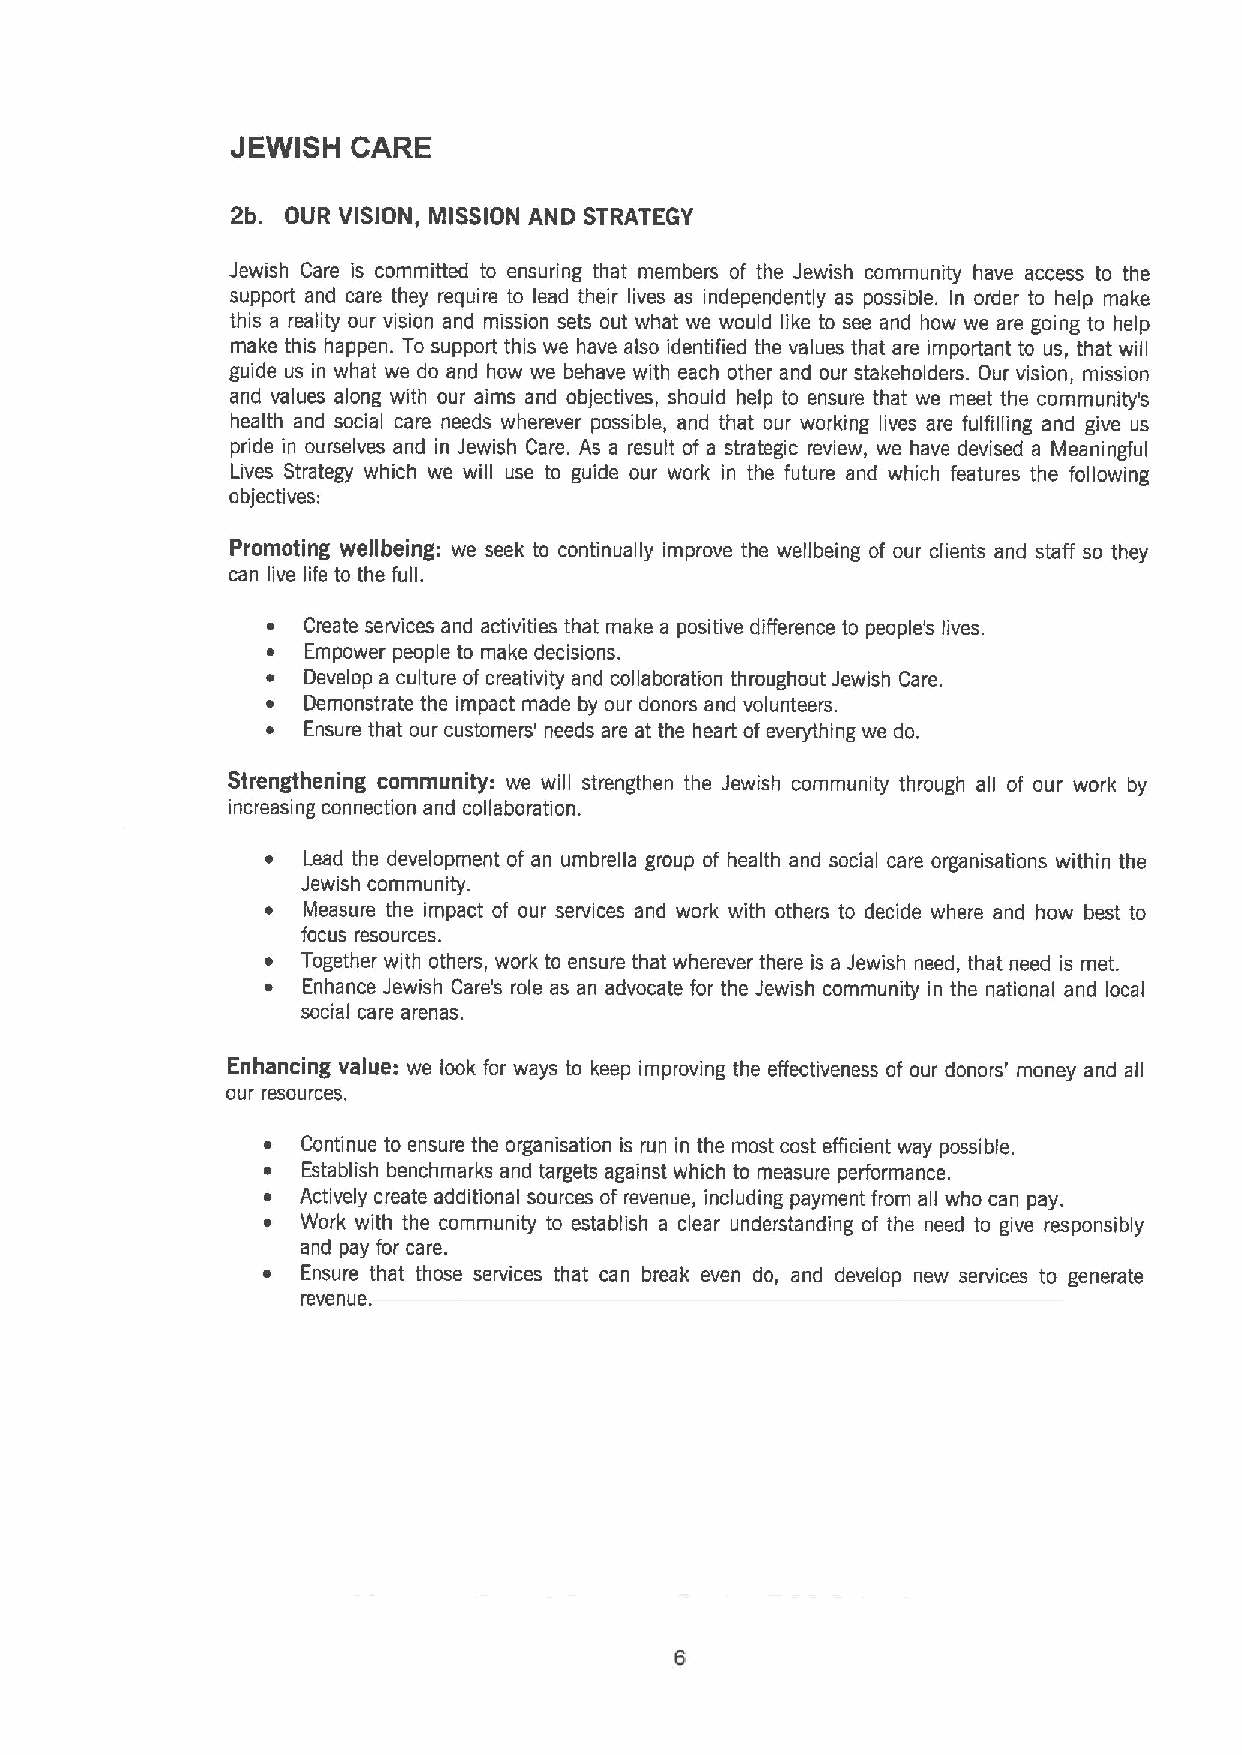
JEWISH  CARE
 2b. OUR VISION, MISSION AND STRATEGY
 Jewish Care is committed to ensuring that members of the Jewish community have access to the
 support and care they require to lead their lives as independently as possible. In order to help make
 this a reality our vision and mission sets out what we would like to see and how we are going to help
 make this happen. To support this we have also identified the values that are important to us, that will
 guide us in what we do and how we behave with each other and our stakeholders. Our vision, mission
 and values along with our aims and objectives, should help to ensure that we meet the community's
 health and social care needs wherever possible, and that our working lives are fulfilling and give us
 pride in ourselves and in Jewish Care. As a result of a strategic review, we have devised a Meaningful
 Lives Strategy which we will use to guide our work in the future and which features the following
 objectives:
 Promoting wellbeing: we seek to continually improve the wellbeing of our clients and staff so they
 can live life to the full.
 ~ Create services and activities that make a positive difference to people's lives.
 ~ Empower people to make decisions,
 ~ Develop a culture of creativity and collaboration throughout Jewish Care.
 ~ Demonstrate the impact made by our donors and volunteers.
 ~ Ensure that our customers' needs are at the heart of everything we do.
 Strengthening community: we will strengthen the Jewish community through all of our work by
 increasing connection and collaboration.
 ~ Lead the development of an umbrella group of health and social care organisations within the
 Jewish community.
 ~ Measure the impact of our services and work with others to decide where and how best to
 focus resources.
 ~ Together with others, work to ensure that wherever there is a Jewish need, that need is met.
 ~ Enhance Jewish Care's role as an advocate for the Jewish community in the national and local
 social care arenas.
 Enhancing value: we look for ways to keep improving the effectiveness of our donors' money and all
 our resources.
 ~  Continue to ensure the organisation is run in the most cost efficient way possible.
 ~  Establish benchmarks and targets against which to measure performance.
 ~  Actively create additional sources of revenue, including payment from all who can pay.
 ~  Work with the community to establish a clear understanding of the need to give responsibly
 and pay for care.
 ~  Ensure that those services that can break even do, and develop new services to generate
 revenue.